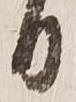
日